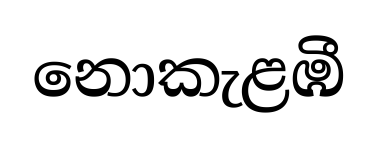
නොකැළඹී